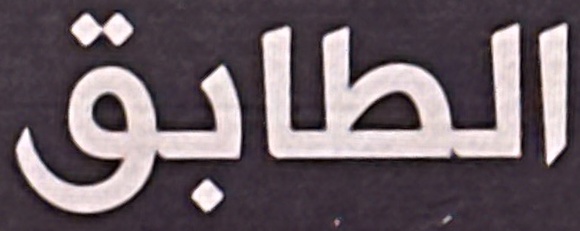
الطابق